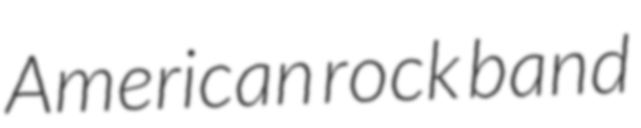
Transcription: American rock band